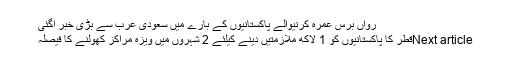
رواں برس عمرہ کرنیوالے پاکستانیوں کے بارے میں سعودی عرب سے بڑی خبر آگئی
Next articleقطر کا پاکستانیوں کو 1 لاکھ ملازمتیں دینے کیلئے 2 شہروں میں ویزہ مراکز کھولنے کا فیصلہ